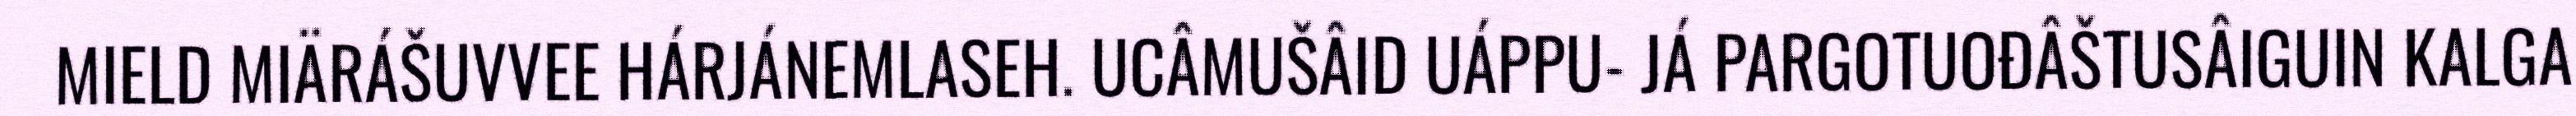
MIELD MIÄRÁŠUVVEE HÁRJÁNEMLASEH. UCÂMUŠÂID UÁPPU- JÁ PARGOTUOĐÂŠTUSÂIGUIN KALGA